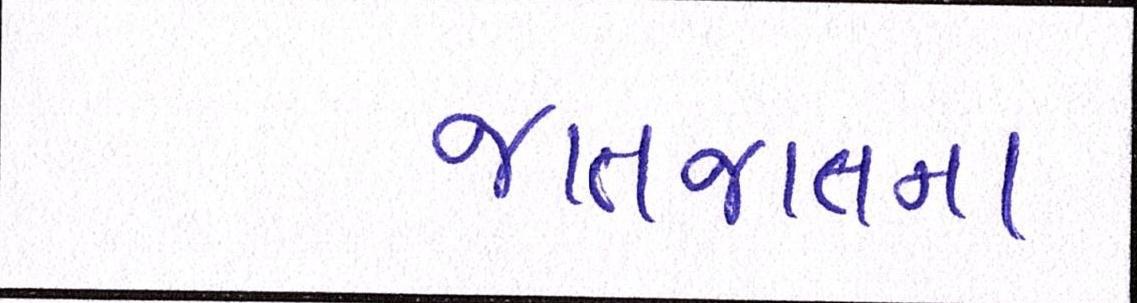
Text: જાતજાતના